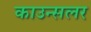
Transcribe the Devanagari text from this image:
काउन्सलर